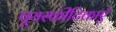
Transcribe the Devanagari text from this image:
पूयस्फीटिकाएँ